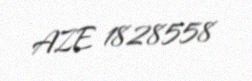
AZE 1828558